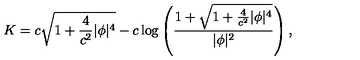
K = c \sqrt { 1 + { \frac { 4 } { c ^ { 2 } } } | \phi | ^ { 4 } } - c \log \left( { \frac { 1 + \sqrt { 1 + { \frac { 4 } { c ^ { 2 } } } | \phi | ^ { 4 } } } { | \phi | ^ { 2 } } } \right) ,